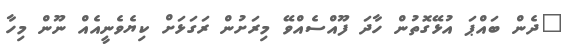
"ދެން ބައްޕަ އުޅޭގޮތުން ހާދަ ފޫއްސެއްވޭ މިރަށުން ރަގަޅަށް ކިޔެވެނީއެއް ނޫން މިހާ